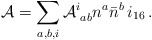
\begin{align*} {\cal A} = \sum_{a,b,i} {\cal A}^i_{\, \, ab} n^a {\bar n}^b\, i_{16}\, .\end{align*}